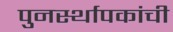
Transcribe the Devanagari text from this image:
पुनर्स्थापकांची